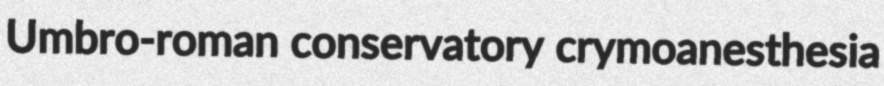
Umbro-roman conservatory crymoanesthesia